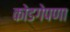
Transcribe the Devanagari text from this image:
कोडगेपणा